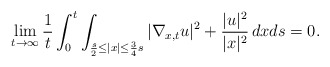
\begin{align*}\lim_{t\to \infty}\frac{1}{t}\int_0^t\int_{\frac{s}{2}\leq |x|\leq \frac{3}{4}s}|\nabla_{x,t} u|^2+\frac{|u|^2}{|x|^2}\,dxds=0.\end{align*}